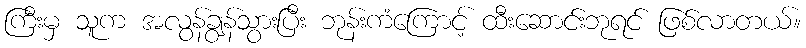
ကြီးမှ သူက အလွန်ချွန်သွားပြီး ဘုန်းကံကြောင့် ထီးဆောင်းဘုရင် ဖြစ်လာတယ်။